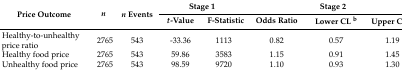
| <ROWSPAN=2> Price Outcome | <ROWSPAN=2> n | <ROWSPAN=2> n Events | <COLSPAN=2> Stage 1 | <COLSPAN=3> Stage 2 |
 | t-Value | F-Statistic | Odds Ratio | Lower CL b | Upper CL b |
 | --- | --- | --- | --- | --- | --- | --- | --- |
 | Healthy-to-unhealthy price ratio | 2765 | 543 | -33.36 | 1113 | 0.82 | 0.57 | 1.19 |
 | Healthy food price | 2765 | 543 | 59.86 | 3583 | 1.15 | 0.91 | 1.45 |
 | Unhealthy food price | 2765 | 543 | 98.59 | 9720 | 1.10 | 0.93 | 1.30 |